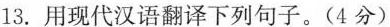
13.用现代汉语翻译下列句子。（4分）